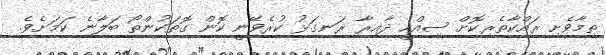
ތިމާވެށި ރައްކާތެރިކޮށް ސިއްހީ ދާއިރާ ރަނގަޅު ކުރެވޭނީ ކޮން ގޮތަކުންތޯ ބަލާނެ ކަމަށެވެ.